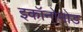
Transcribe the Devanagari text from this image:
इकॉनोमोड